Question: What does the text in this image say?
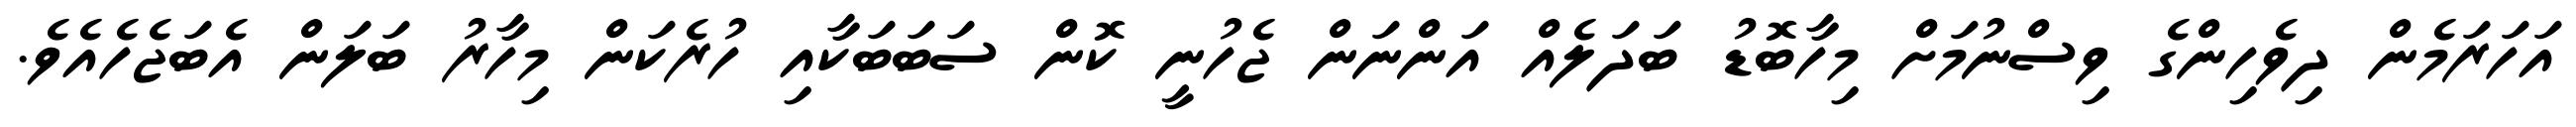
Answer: އަހަރަމެން ދިވެހިންގެ ވިސްނުމަށް މިހާބޮޑު ބަދަލެއް އަންނަން ޖެހުނީ ކޮން ސަބަބަކާއި ހުރެކަން މިހާރު ބަލަން އެބަޖެހެއެވެ.